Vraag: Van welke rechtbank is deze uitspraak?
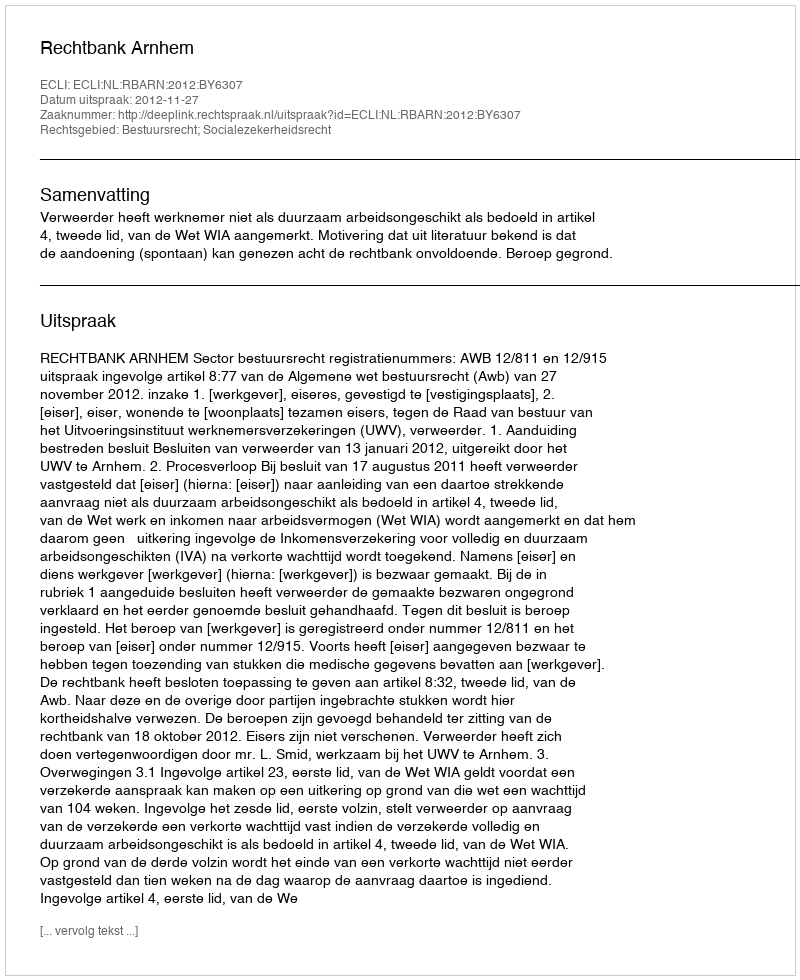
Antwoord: Rechtbank Arnhem